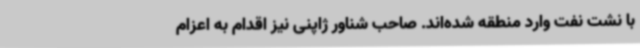
با نشت نفت وارد منطقه شده‌اند. صاحب شناور ژاپنی نیز اقدام به اعزام